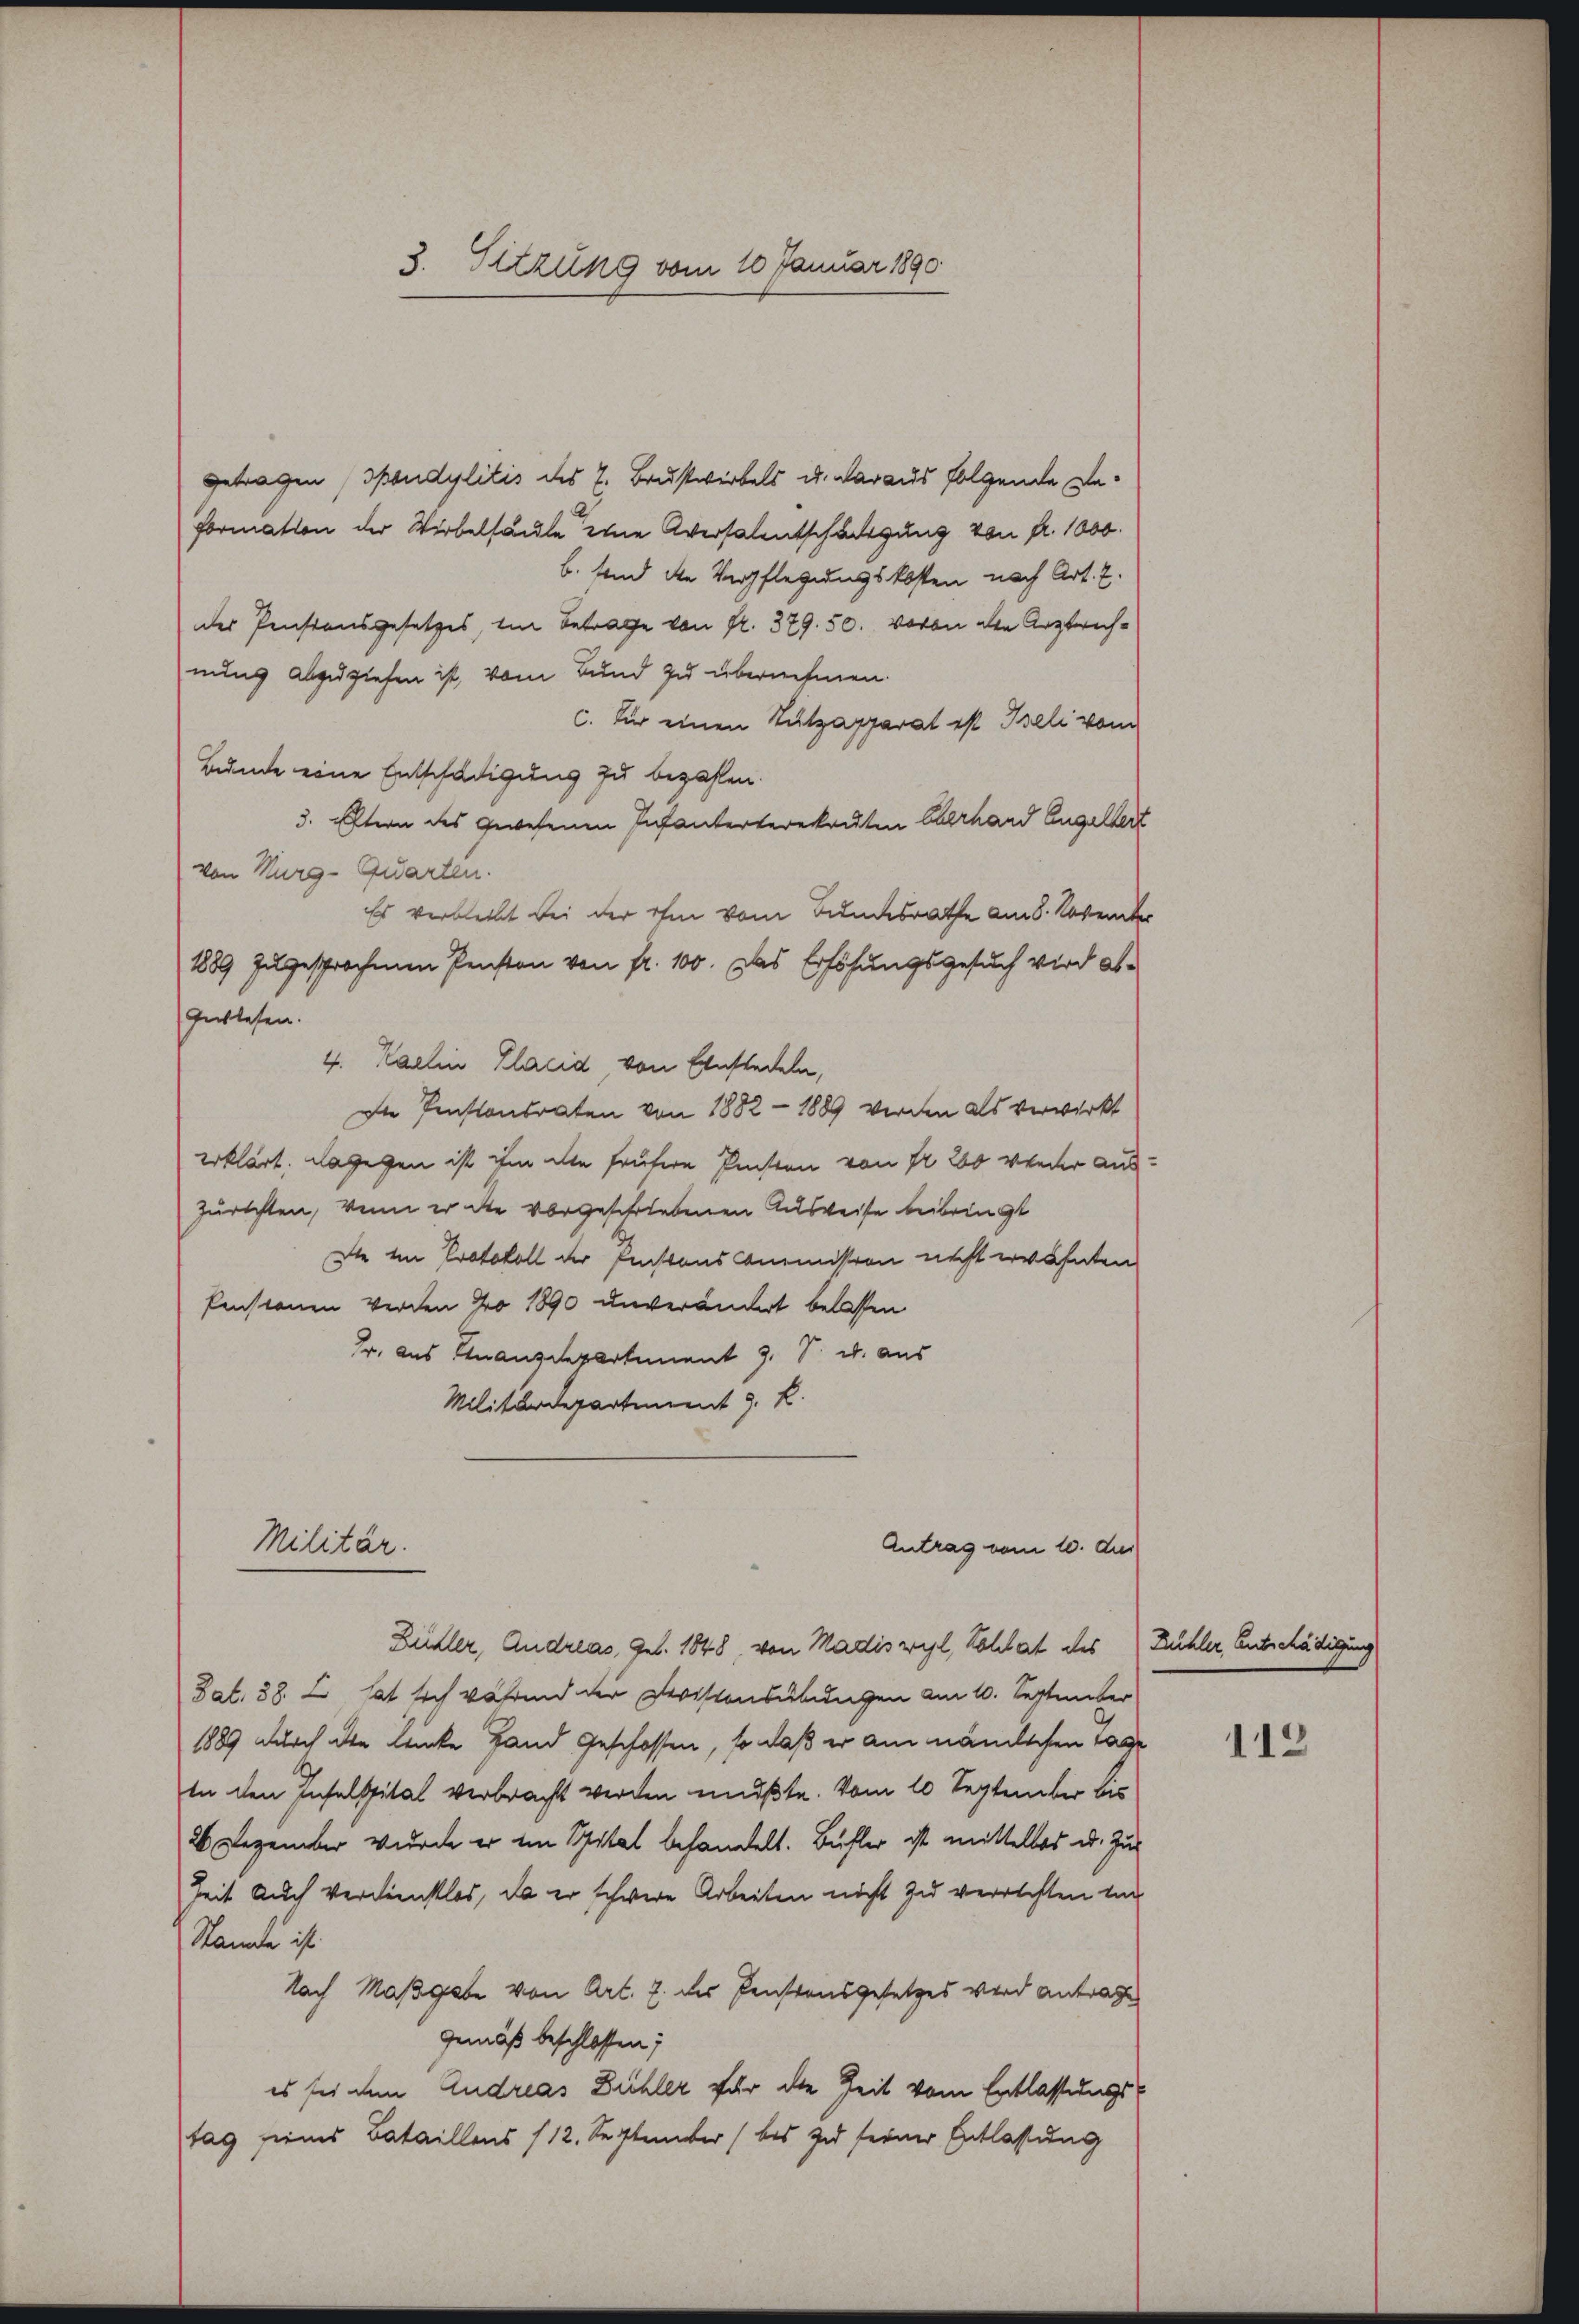
3. Sitzung vom 10 Januar 1890

getragen (spondylitis des 7. Brustwirkels u. daraus folgende Deformation der Wirbelsäule eine Aversalentschädigung von fr. 1000.
b. sind die Verpflegungskosten nach Art. 2.
der Pensionsgesetzes, ein Betrage von R. 379. 50. wovon den Arztrichnung abzuziehen ist, vom Bund zu übernehmen.
c. Für einen Tutzapparat ist Iseli vom
Bunde eine Entschädigung zu bezahlen.
3. Eltern des gewesenen Infanterterekruten Eberhard Engeltert
von Murg-Quarten.
Es verbleibt bei der ihm vom Bundesrathe am 8. November
1889 zugesprochenen Pensten von fr. 100. Das Erhöhungsgesuch wird ab¬
Gublesen.
4. Karlin Placid, von Einstadeln,
Die Pensionsraten von 1882 - 1889 werden als verwirkt
erklärt. Dagegen ist ihm alle frühere Pensten von fr 200 wieder aus¬
Zürichten, wenn er die vorgeschriebenen Ausweise beibringt
Die in Protokoll der Penstons Commission nicht erwähnten
kenstanen werden pro 1890 unverändert belassen
Fr. aus Finanzdepartement J. S. u. aus
Militärdepartement J. R.
Militär.
Antrag vom 10. dus
Züller, Andreas, geb. 1848, von Madis wil, Kohlat des Kühler Entschädigung
Sat. 38. L. hat sich während der Zwistensübungen am 10. September
1889 durch die Lücke Hand Geschossen, so daß er am nämlichen Tage
In den Inselspital verbracht werden mußte. Vom 10 September bis
26 Dezember wurde er im Spital behandelt. Bühler ist mittelbar u. Zu
Zeit auch verdienstlos, da er schwere Arbeiten nicht zu verrichten un
Stande ist.
Nach Maßgabe von Art. 7. des Pensionsgesetzes wird antrage
gemäß beschlossen;
es sei dem Andreas Bühler für die Zeit vom Entlassungstag seines Bataillens (12. September (bis zu ferner Entlassung

112